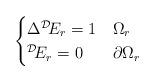
LaTeX: \begin{align*}\begin{cases}\Delta {}^{\mathcal D}\! E_r = 1 & \Omega_r \\{}^{\mathcal D}\! E_r = 0 & \partial \Omega_r\end{cases}\end{align*}